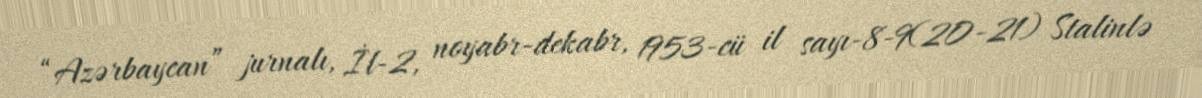
“Azərbaycan” jurnalı, İl-2, noyabr-dekabr, 1953-cü il sayı-8-9(20-21) Stalinlə